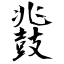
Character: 鼗